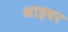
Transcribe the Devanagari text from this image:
श्राइबर